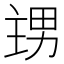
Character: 𭻙